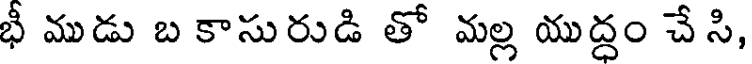
భీ ముడు బ కాసురుడి తో మల్ల యుద్ధం చే సి,